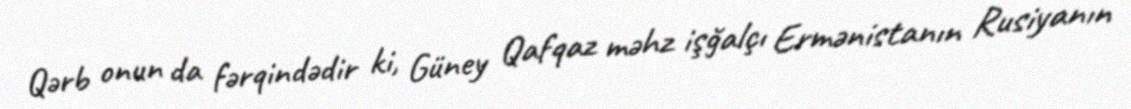
Qərb onun da fərqindədir ki, Güney Qafqaz məhz işğalçı Ermənistanın Rusiyanın